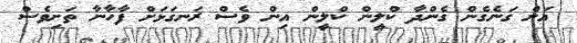
އަށް ގަނެގެން ގެންދާ ކްލީން ކްލީން އިން ވެސް ރަނގަޅަށް ފާހާނާ ތަށިވެސް